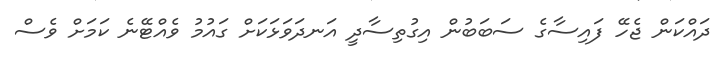
ދައްކަން ޖެހޭ ފައިސާގެ ސަބަބުން އިގުތިސާދީ އަނދަވަޅަކަށް ގައުމު ވެއްޓޭނެ ކަމަށް ވެސް